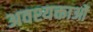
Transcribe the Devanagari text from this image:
अवश्यक्ताओं